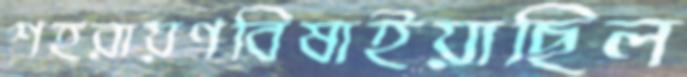
শহরায়ণবিষাইয়াছিল